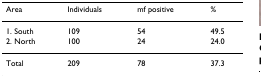
<table><thead><tr><td><b>Area</b></td><td><b>Individuals</b></td><td><b>mf positive</b></td><td><b>%</b></td></tr></thead><tbody><tr><td>1. South</td><td>109</td><td>54</td><td>49.5</td></tr><tr><td>2. North</td><td>100</td><td>24</td><td>24.0</td></tr><tr><td>Total</td><td>209</td><td>78</td><td>37.3</td></tr></tbody></table>